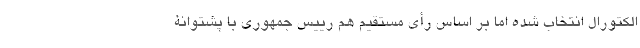
الکتورال انتخاب شده اما بر اساس رأی مستقیم هم رییس جمهوری با پشتوانۀ